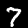
Digit: 7